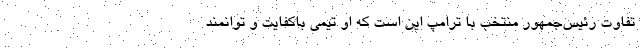
تفاوت رئیس‌جمهور منتخب با ترامپ این است که او تیمی باکفایت و توانمند